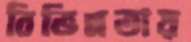
বিভিন্নতায়